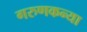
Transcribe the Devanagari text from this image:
गरुणकन्या